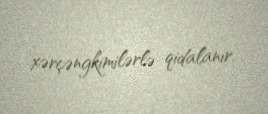
xərçəngkimilərlə qidalanır.